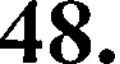
48.